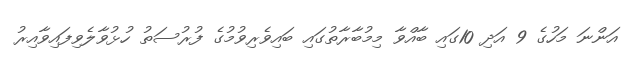
އަންނަ މަހުގެ 9 އަދި 10ގައި ބާއްވާ މިމުބާރާތުގައި ބައިވެރިވުމުގެ ފުރުސަތު ހުޅުވާލެވިފައިވާއިރު